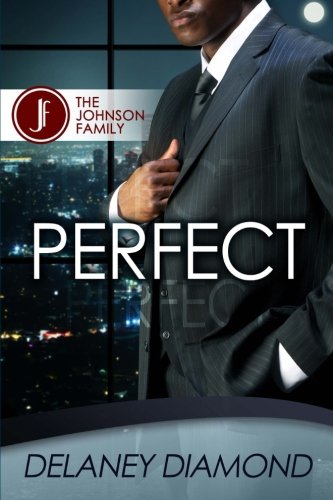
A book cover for Perfect (Johnson Family) (Volume 2); Delaney Diamond; Romance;